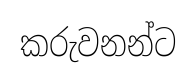
කරුවනන්ට